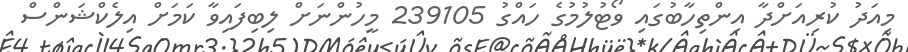
މިއަދު ކުރިއަށްދާ އިންތިހާބުގައި ވޯޓުލުމުގެ ހައްގު 239105 މީހުންނަށް ލިބިފައިވާ ކަމަށް އިލެކްޝަންސް